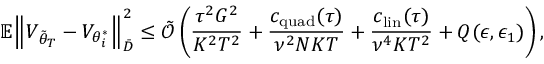
\mathbb { E } \Big \lVert V _ { \tilde { \theta } _ { T } } - V _ { \theta _ { i } ^ { * } } \Big \rVert _ { \bar { D } } ^ { 2 } \le \tilde { \mathcal { O } } \left( \frac { \tau ^ { 2 } G ^ { 2 } } { K ^ { 2 } T ^ { 2 } } + \frac { c _ { \mathrm { q u a d } } ( \tau ) } { \nu ^ { 2 } N K T } + \frac { c _ { \mathrm { l i n } } ( \tau ) } { \nu ^ { 4 } K T ^ { 2 } } + Q ( \epsilon , \epsilon _ { 1 } ) \right) ,